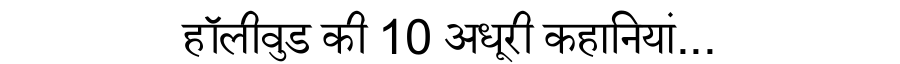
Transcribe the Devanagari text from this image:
हॉलीवुड की 10 अधूरी कहानियां...